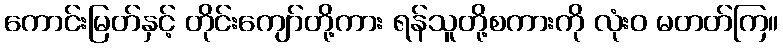
ကောင်းမြတ်နှင့် တိုင်းကျော်တို့ကား ရန်သူတို့စကားကို လုံးဝ မတတ်ကြ။